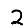
Digit: 2